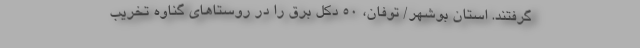
گرفتند. استان بوشهر/ توفان، ۵۰ دکل برق را در روستاهای گناوه تخریب